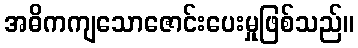
အဓိကကျသောဇောင်းပေးမှုဖြစ်သည်။